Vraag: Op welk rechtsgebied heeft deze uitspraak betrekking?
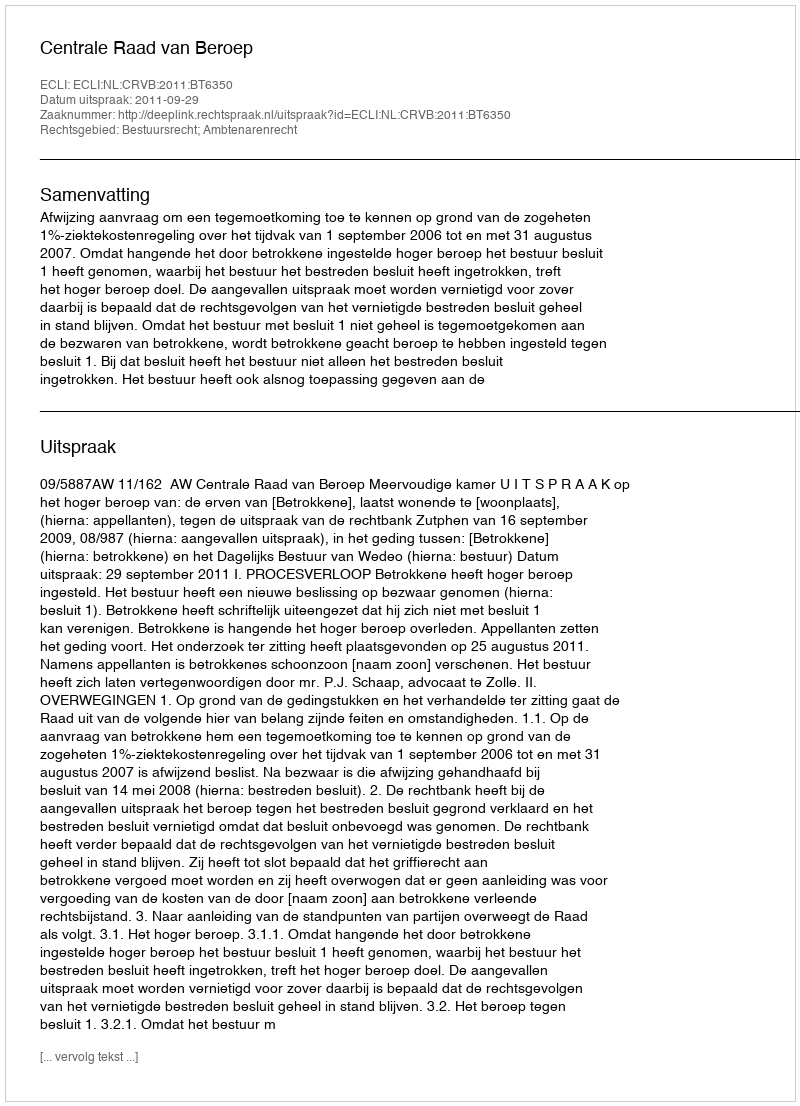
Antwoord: Bestuursrecht; Ambtenarenrecht